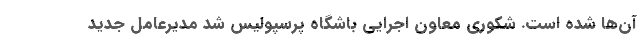
آن‌ها شده است. شکوری معاون اجرایی باشگاه پرسپولیس شد مدیرعامل جدید